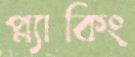
প্ল্যাকিং